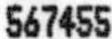
567455